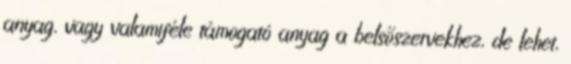
anyag, vagy valamiféle támogató anyag a belsőszervekhez, de lehet,